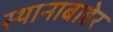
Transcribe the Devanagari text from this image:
स्थानाबाहेर